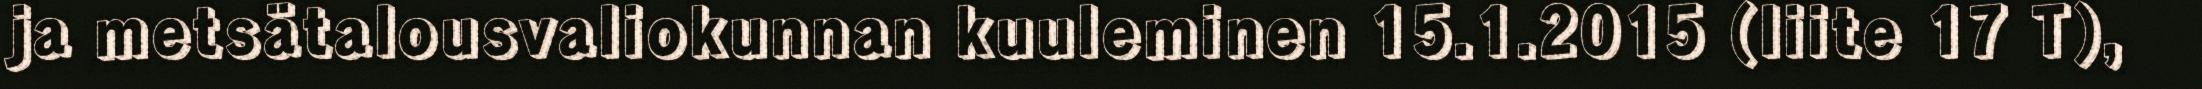
ja metsätalousvaliokunnan kuuleminen 15.1.2015 (liite 17 T),